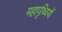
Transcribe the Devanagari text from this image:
महापृथ्वियों